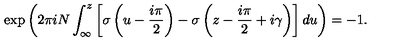
\exp \left( 2 \pi i N \int _ { \infty } ^ { z } \left[ \sigma \left( u - \frac { i \pi } { 2 } \right) - \sigma \left( z - \frac { i \pi } { 2 } + i \gamma \right) \right] d u \right) = - 1 .